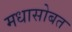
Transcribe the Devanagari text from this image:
मधासोबत